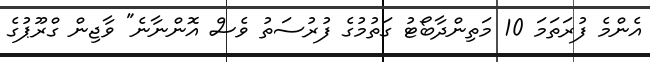
އެންމެ ފުރަތަމަ 10 މަތިންދާބޯޓު ގަތުމުގެ ފުރުސަތު ވެސް އޮންނާނެ" ވާޖިން ގްރޫޕުގެ